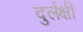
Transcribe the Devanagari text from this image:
दुर्लक्षी